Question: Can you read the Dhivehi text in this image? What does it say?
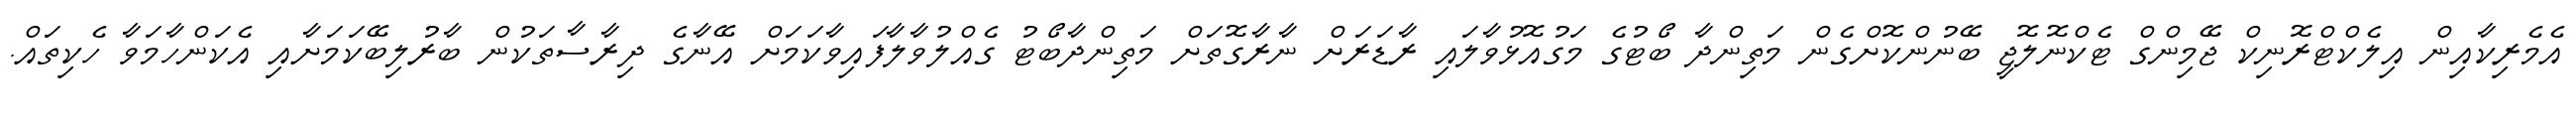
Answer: އެމެރިކާއިން އިލެކްޓްރޮނިކް ޖޭމިންގް ޓެކްނޮލޮޖީ ބޭނުންކޮށްގެން މަތިންދާ ބޯޓުގެ މަގުއޮޅުވާލައި ރާޑަރަށް ނާރާގޮތަށް މަތިންދާބޯޓު ގެއްލުވާލާފައިވާކަމަށް އޭނާގެ ދިރާސާތަކުން ބާރުލިބޭކަމަށާއި އެކަންހާމަވާ ހެކިތައް.